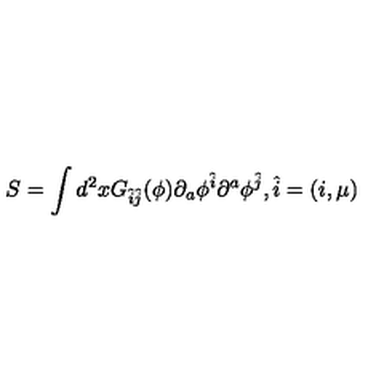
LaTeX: S = \int d ^ { 2 } x G _ { \hat { i } \hat { j } } ( \phi ) \partial _ { a } \phi ^ { \hat { i } } \partial ^ { a } \phi ^ { \hat { j } } , \hat { i } = ( i , \mu )